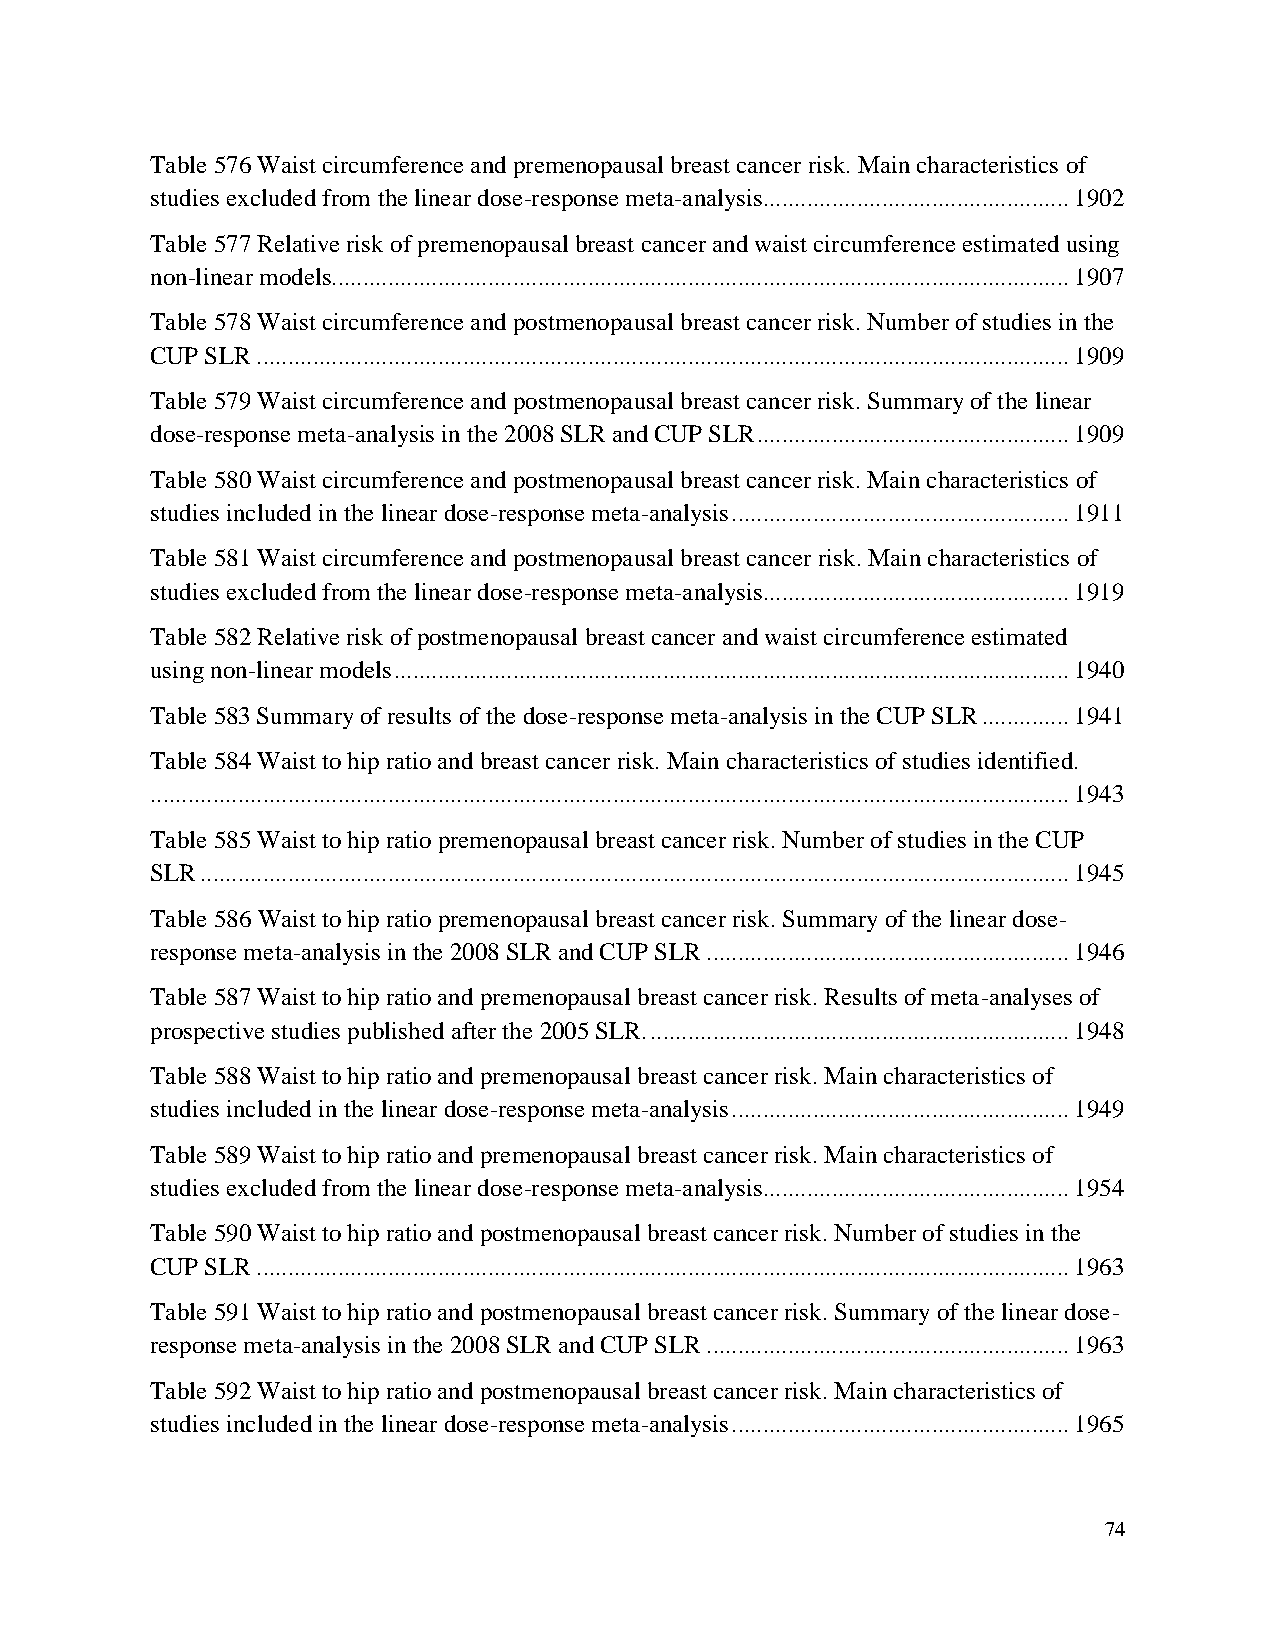
Table 576 Waist circumference and premenopausal breast cancer risk. Main characteristics of
 studies excluded from the linear dose-response meta-analysis................................................. 1902
 Table 577 Relative risk of premenopausal breast cancer and waist circumference estimated using
 non-linear models...................................................................................................................... 1907
 Table 578 Waist circumference and postmenopausal breast cancer risk. Number of studies in the
 CUP SLR .................................................................................................................................. 1909
 Table 579 Waist circumference and postmenopausal breast cancer risk. Summary of the linear
 dose-response meta-analysis in the 2008 SLR and CUP SLR .................................................. 1909
 Table 580 Waist circumference and postmenopausal breast cancer risk. Main characteristics of
 studies included in the linear dose-response meta-analysis ...................................................... 1911
 Table 581 Waist circumference and postmenopausal breast cancer risk. Main characteristics of
 studies excluded from the linear dose-response meta-analysis................................................. 1919
 Table 582 Relative risk of postmenopausal breast cancer and waist circumference estimated
 using non-linear models ............................................................................................................ 1940
 Table 583 Summary of results of the dose-response meta-analysis in the CUP SLR .............. 1941
 Table 584 Waist to hip ratio and breast cancer risk. Main characteristics of studies identified.
 ................................................................................................................................................... 1943
 Table 585 Waist to hip ratio premenopausal breast cancer risk. Number of studies in the CUP
 SLR ........................................................................................................................................... 1945
 Table 586 Waist to hip ratio premenopausal breast cancer risk. Summary of the linear dose-
 response meta-analysis in the 2008 SLR and CUP SLR .......................................................... 1946
 Table 587 Waist to hip ratio and premenopausal breast cancer risk. Results of meta-analyses of
 prospective studies published after the 2005 SLR. ................................................................... 1948
 Table 588 Waist to hip ratio and premenopausal breast cancer risk. Main characteristics of
 studies included in the linear dose-response meta-analysis ...................................................... 1949
 Table 589 Waist to hip ratio and premenopausal breast cancer risk. Main characteristics of
 studies excluded from the linear dose-response meta-analysis................................................. 1954
 Table 590 Waist to hip ratio and postmenopausal breast cancer risk. Number of studies in the
 CUP SLR .................................................................................................................................. 1963
 Table 591 Waist to hip ratio and postmenopausal breast cancer risk. Summary of the linear dose-
 response meta-analysis in the 2008 SLR and CUP SLR .......................................................... 1963
 Table 592 Waist to hip ratio and postmenopausal breast cancer risk. Main characteristics of
 studies included in the linear dose-response meta-analysis ...................................................... 1965
 74